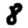
Digit: 8